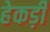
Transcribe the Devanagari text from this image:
हेकड़ी